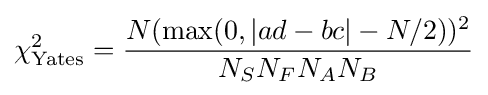
\chi _{\text{Yates}}^{2}={\frac {N(\max(0,|ad-bc|-N/2))^{2}}{N_{S}N_{F}N_{A}N_{B}}}